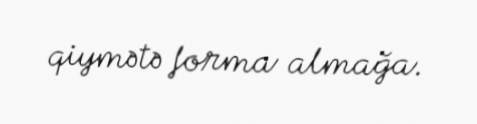
qiymətə forma almağa.